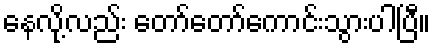
နေလို့လည်း တော်တော်ကောင်းသွားပါပြီ။